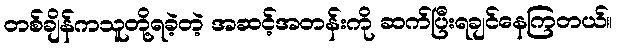
တစ်ချိန်ကသူတို့ရခဲ့တဲ့ အဆင့်အတန်းကို ဆက်ပြီးရချင်နေကြတယ်။